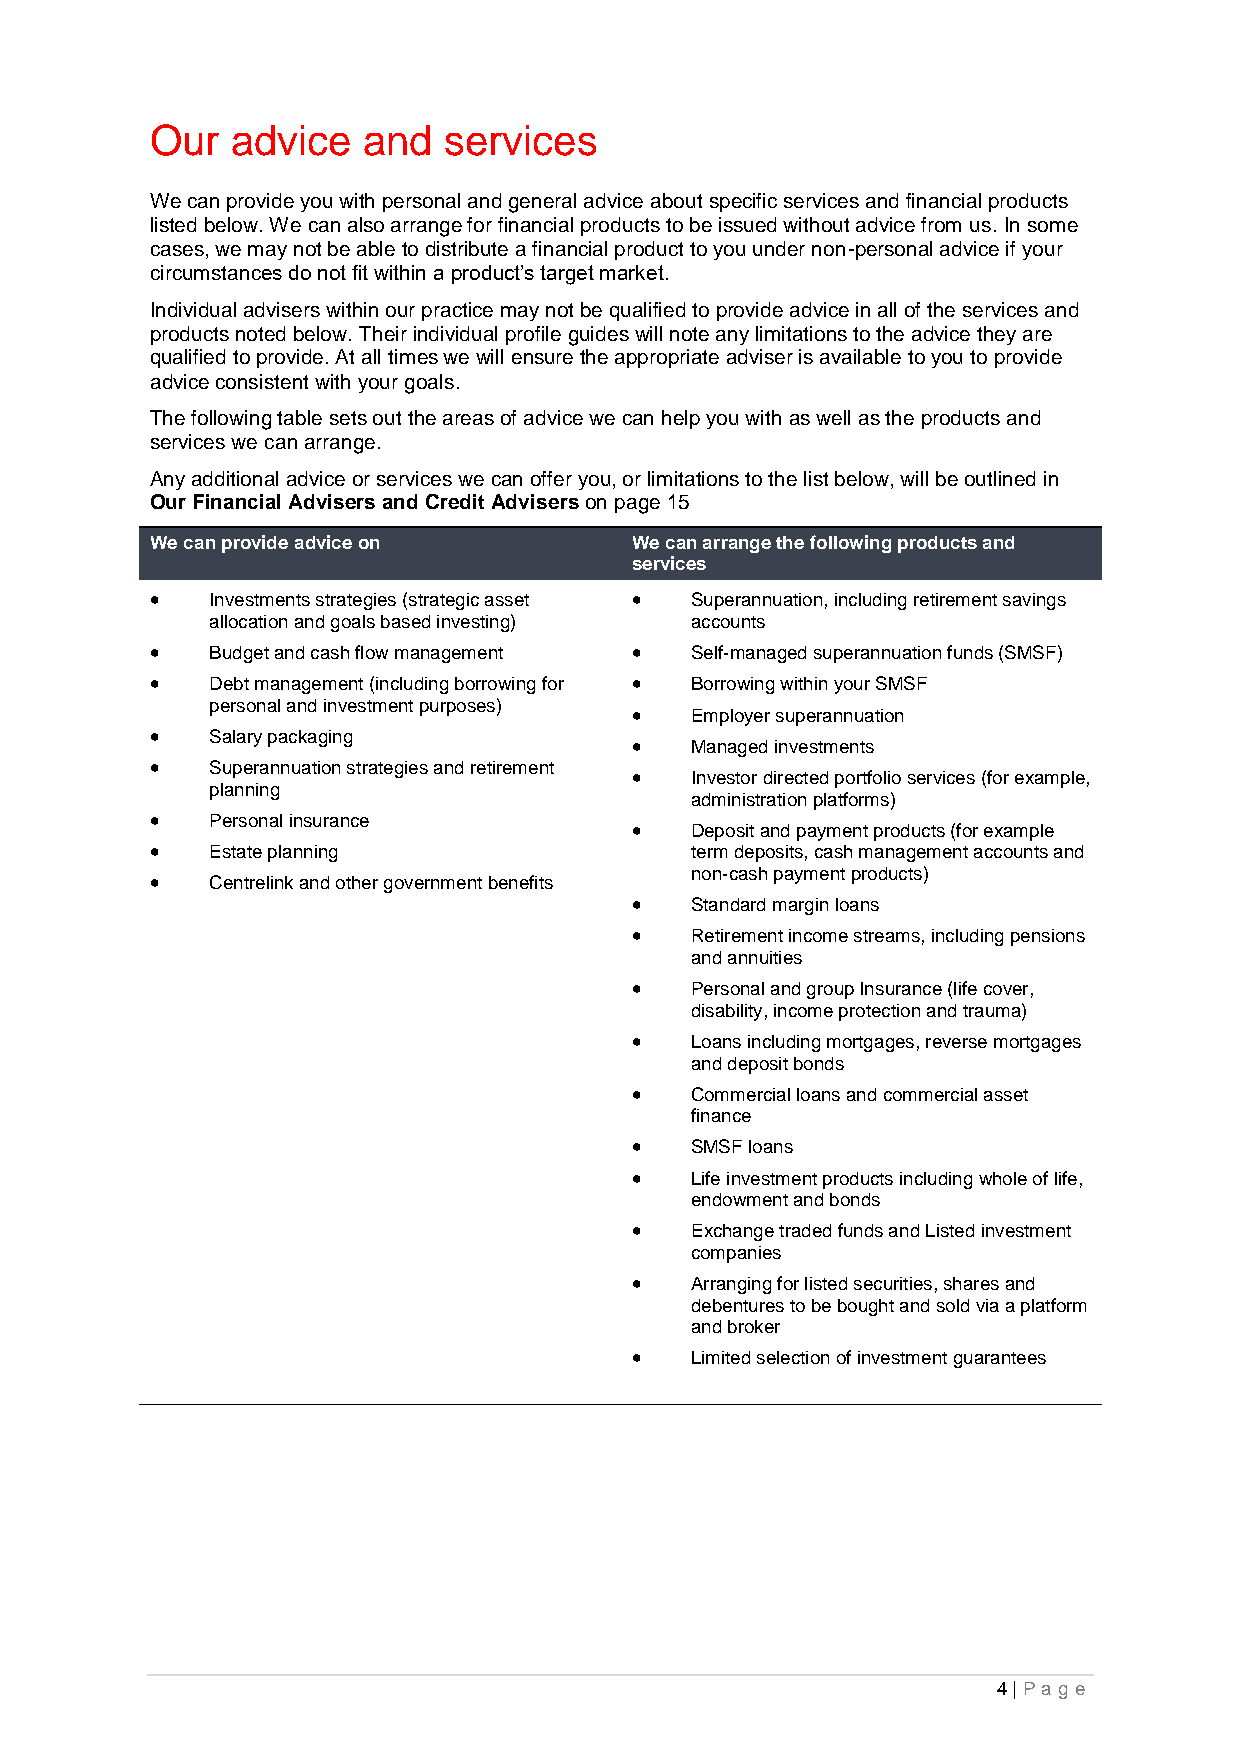
Our  advice   and  services
 We can provide you with personal and general advice about specific services and financial products
 listed below. We can also arrange for financial products to be issued without advice from us. In some
 cases, we may not be able to distribute a financial product to you under non-personal advice if your
 circumstances do not fit within a product’s target market.
 Individual advisers within our practice may not be qualified to provide advice in all of the services and
 products noted below. Their individual profile guides will note any limitations to the advice they are
 qualified to provide. At all times we will ensure the appropriate adviser is available to you to provide
 advice consistent with your goals.
 The following table sets out the areas of advice we can help you with as well as the products and
 services we can arrange.
 Any additional advice or services we can offer you, or limitations to the list below, will be outlined in
 Our Financial Advisers and Credit Advisers on page 15
 We can provide advice on        We can arrange the following products and
 services
    Investments strategies (strategic asset  Superannuation, including retirement savings
 allocation and goals based investing) accounts
    Budget and cash flow management  Self-managed superannuation funds (SMSF)
    Debt management (including borrowing for  Borrowing within your SMSF
 personal and investment purposes)
    Employer superannuation
    Salary packaging
    Managed investments
    Superannuation strategies and retirement
    Investor directed portfolio services (for example,
 planning
 administration platforms)
    Personal insurance
    Deposit and payment products (for example
    Estate planning                 term deposits, cash management accounts and
 non-cash payment products)
    Centrelink and other government benefits
    Standard margin loans
    Retirement income streams, including pensions
 and annuities
    Personal and group Insurance (life cover,
 disability, income protection and trauma)
    Loans including mortgages, reverse mortgages
 and deposit bonds
    Commercial loans and commercial asset
 finance
    SMSF loans
    Life investment products including whole of life,
 endowment and bonds
    Exchange traded funds and Listed investment
 companies
    Arranging for listed securities, shares and
 debentures to be bought and sold via a platform
 and broker
    Limited selection of investment guarantees
 4 | Pag e